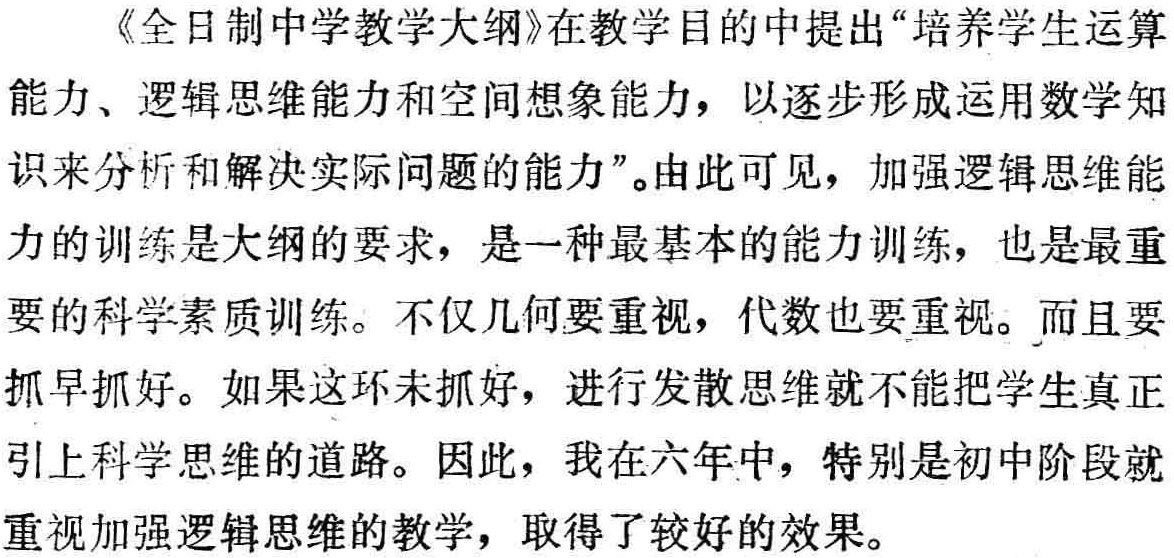
《全日制中学教学大纲》在教学目的中提出“培养学生运算

能力、逻辑思维能力和空间想象能力，以逐步形成运用数学知

识来分析和解决实际问题的能力”。由此可见，加强逻辑思维能

力的训练是大纲的要求，是一种最基本的能力训练，也是最重

要的科学素质训练。不仅几何要重视，代数也要重视。而且要

抓早抓好。如果这环未抓好，进行发散思维就不能把学生真正

引上科学思维的道路。因此，我在六年中，特别是初中阶段就

重视加强逻辑思维的教学，取得了较好的效果。